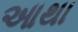
આથા